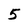
Character: 5